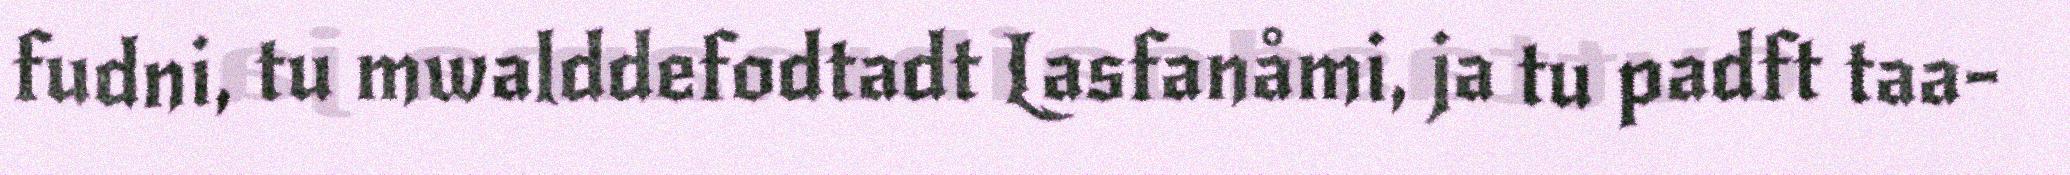
fudni, tu mwalddefodtadt Lasfanåmi, ja tu padft taa-